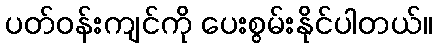
ပတ်ဝန်းကျင်ကို ပေးစွမ်းနိုင်ပါတယ်။